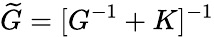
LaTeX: {\widetilde{G}=[G^{-1}+K]^{-1}}